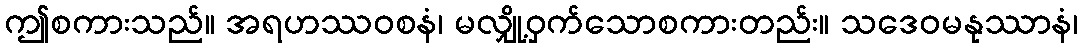
ဤစကားသည်။ အရဟဿဝစနံ၊ မလျှို့ဝှက်သောစကားတည်း။ သဒေဝမနုဿာနံ၊